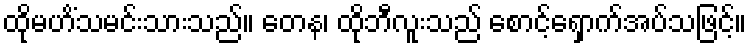
ထိုမဟိံသမင်းသားသည်။ တေန၊ ထိုဘီလူးသည် စောင့်ရှောက်အပ်သဖြင့်။